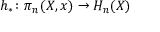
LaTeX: h _ { * } \colon \pi _ { n } ( X , x ) \to H _ { n } ( X )